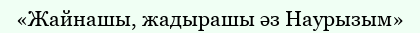
«Жайнашы, жадырашы әз Наурызым»